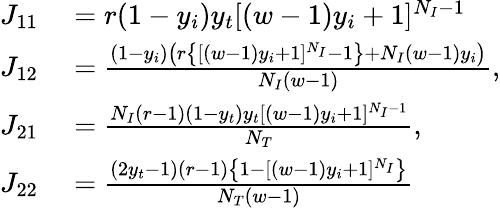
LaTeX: \begin{array}{rl}{J_{11}}&{{}=r(1-y_{i})y_{t}[(w-1)y_{i}+1]^{N_{I}-1}}\\ {J_{12}}&{{}=\frac{(1-y_{i})\left(r\left\{ [(w-1)y_{i}+1]^{N_{I}}-1\right\} +N_{I}(w-1)y_{i}\right)}{N_{I}(w-1)},}\\ {J_{21}}&{{}=\frac{N_{I}(r-1)(1-y_{t})y_{t}[(w-1)y_{i}+1]^{N_{I}-1}}{N_{T}},}\\ {J_{22}}&{{}=\frac{(2y_{t}-1)(r-1)\left\{ 1-[(w-1)y_{i}+1]^{N_{I}}\right\} }{N_{T}(w-1)}}\end{array}